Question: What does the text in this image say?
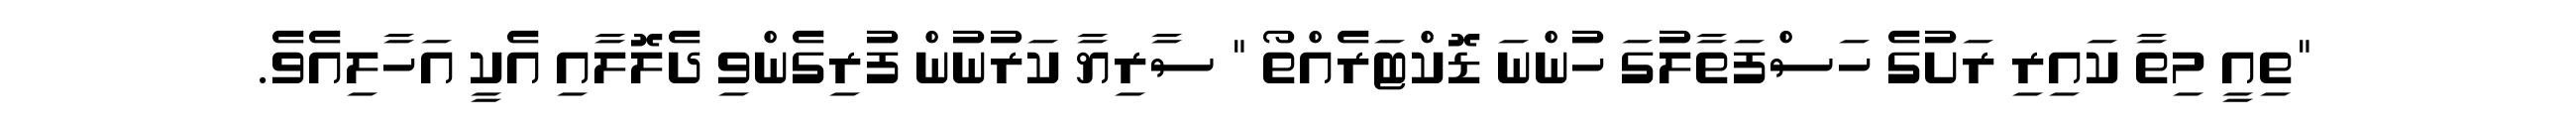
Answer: "ތިއީ މިތާ ކައިރި ރަށުގެ ހަސްފަތާލުގަ ހުންނަ ޑޮކްޓަރެއްތޯ " ސާރިޔާ ކަރުނުން ފުރިގެންވި ދެލޮލާއި އެކީ އަހާލިއެވެ.